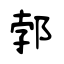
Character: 郣